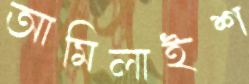
আমিলাইশ